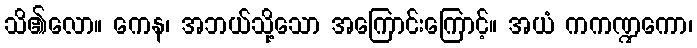
သိ၏လော။ ကေန၊ အဘယ်သို့သော အကြောင်းကြောင့်။ အယံ ကကဏ္ဍကော၊